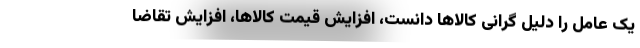
یک عامل را دلیل گرانی کالاها دانست، افزایش قیمت کالاها، افزایش تقاضا